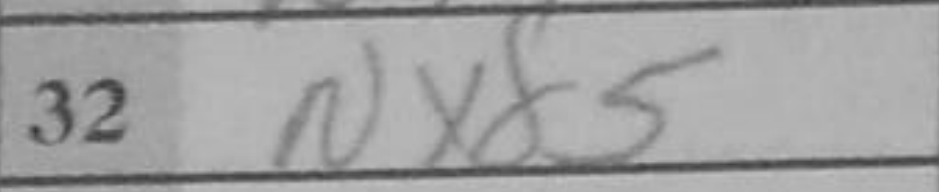
Transcription: Nxd5